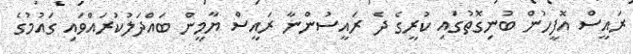
ރައީސް އޮފީހުން ބުނިގޮތުގައި ކުރީގެ ދެ ރައީސުންނާ ރައީސް ޔާމީން ބައްދަލުކުރައްވައި ގައުމުގެ